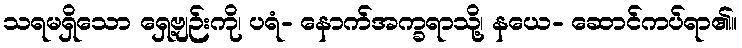
သရမရှိသော ရှေ့ဗျဉ်းကို၊ ပရံ- နောက်အက္ခရာသို့၊ နယေ- ဆောင်ကပ်ရာ၏။